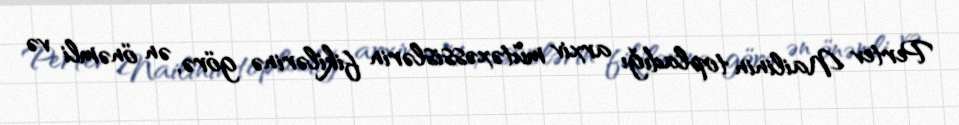
Pertev Nailinin topladığı arxiv mütəxəssislərin fikilərinə görə, ən önəmli və